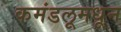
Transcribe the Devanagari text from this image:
कमंडलूमधून